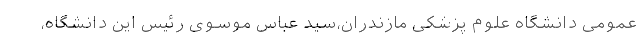
عمومی دانشگاه علوم پزشکی مازندران،سید عباس موسوی رئیس این دانشگاه،